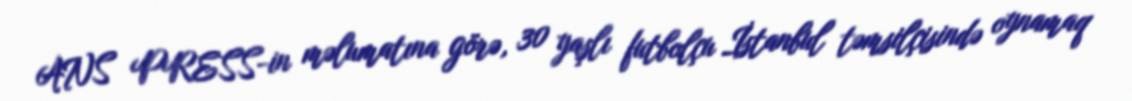
ANS PRESS-in məlumatına görə, 30 yaşlı futbolçu İstanbul təmsilçisində oynamaq